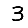
Digit: 3